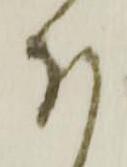
ほ